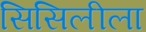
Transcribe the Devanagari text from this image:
सिसिलीला